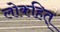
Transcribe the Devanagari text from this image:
लोकहित्